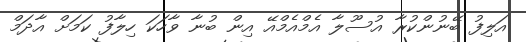
އަލިފު ބޭނުންކުރާ އުސޫލާ އެމްއެމްއޭ އިން ބުނާ ވާހަކަ ހިލާފު ކަމަށް އާދަމް